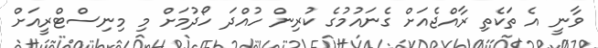
ވާނީ އެ ތަކެތި ރާއްޖެއަށް ގެނައުމުގެ ކުރިން ހުއްދަ ހޯދުމަށް މި މިނިސްޓްރީއަށް